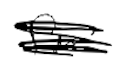
Text: fire
Cross-out: scratch
Writing tool: digital_black